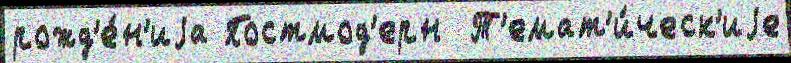
рожд'е́н'иjа Постмод'ерн  Т'емат'и́ческ'иjе